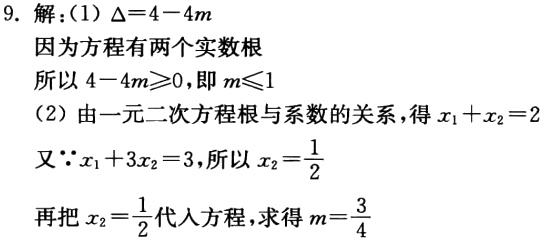
9. 解：(1) \(\Delta = 4 - 4m\)
因为方程有两个实数根
所以 \(4 - 4m\geqslant0\)，即 \(m\leqslant1\)
(2) 由一元二次方程根与系数的关系，得 \(x_{1}+x_{2}=2\)
又\(\because x_{1}+3x_{2}=3\)，所以 \(x_{2}=\frac{1}{2}\)
再把 \(x_{2}=\frac{1}{2}\) 代入方程，求得 \(m = \frac{3}{4}\)